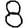
Digit: 8